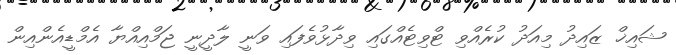
ޝައިޚް ޒައިދު މިއަދު ކުރެއްވި ޓްވިޓެއްގައި ވިދާޅުވެފައި ވަނީ ލާދީނީ ޖަމްއިއްޔާ އެމްޑީއެންއިން